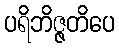
ပရိဘိဇ္ဇတိပေ